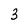
Character: 3